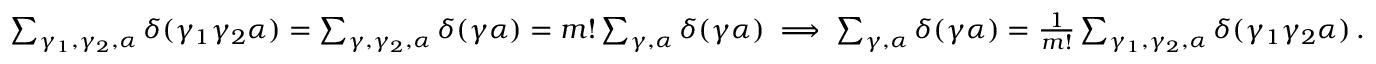
\begin{array} { r } { \sum _ { \gamma _ { 1 } , \gamma _ { 2 } , \alpha } \delta ( \gamma _ { 1 } \gamma _ { 2 } \alpha ) = \sum _ { \gamma , \gamma _ { 2 } , \alpha } \delta ( \gamma \alpha ) = m ! \sum _ { \gamma , \alpha } \delta ( \gamma \alpha ) \implies \sum _ { \gamma , \alpha } \delta ( \gamma \alpha ) = \frac { 1 } { m ! } \sum _ { \gamma _ { 1 } , \gamma _ { 2 } , \alpha } \delta ( \gamma _ { 1 } \gamma _ { 2 } \alpha ) \, . } \end{array}